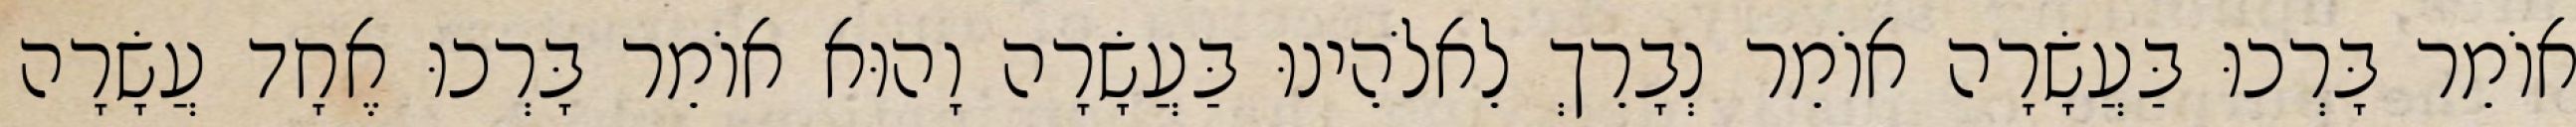
אוֹמֵר בָּרְכוּ בַּעֲשָׂרָה אוֹמֵר נְבָרֵךְ לֵאלֹהֵינוּ בַּעֲשָׂרָה וָהוּא אוֹמֵר בָּרְכוּ אֶחָד עֲשָׂרָה